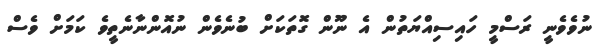
ނުވެވެނީ ރަސްމީ ހައިސިއްޔަތުން އެ ނޫން ގޮތަކަށް ބުނެވެން ނުއޮންނާނެތީވެ ކަމަށް ވެސް